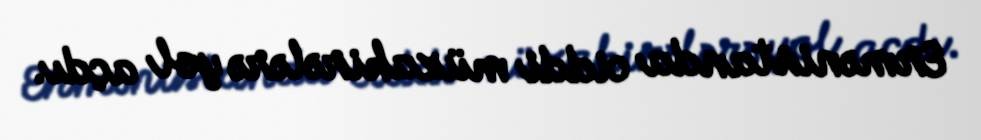
Ermənistanda ciddi müzakirələrə yol açdı.